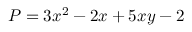
P = 3 x ^ { 2 } - 2 x + 5 x y - 2